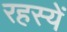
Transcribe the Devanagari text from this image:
रहस्यें